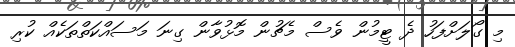
މި ގޯލަށްފަހު ދެ ޓީމުން ވެސް މެޗުން މޮޅުވާން ގިނަ މަސައްކަތްތަކެއް ކުރި